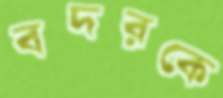
বদরকে